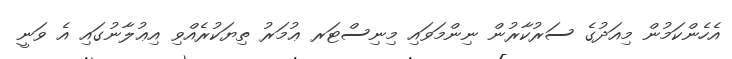
އެހެންކަމުން މިއަދުގެ ސަރުކާރުން ނިންމަވައި މިނިސްޓަރ ޢުމަރު ތިޔަކުރެއްވި އިޢުލާނުގައި އެ ވަނީ